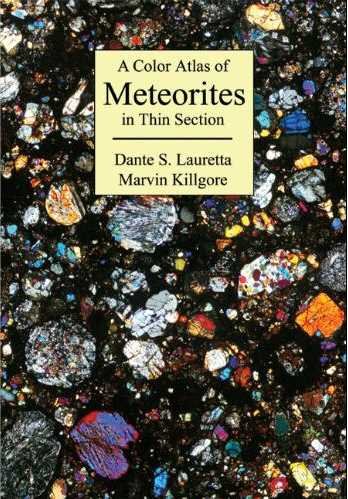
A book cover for A Color Atlas of Meteorites in Thin Section; D. S. Lauretta; Science & Math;